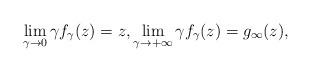
LaTeX: \begin{align*} \lim_{\gamma\to 0} \gamma f_\gamma(z) = z, \lim_{\gamma\to +\infty} \gamma f_\gamma(z) = g_\infty(z), \end{align*}